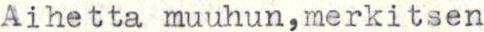
Aihetta muuhun,merkitsen